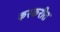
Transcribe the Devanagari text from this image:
करकरीत